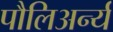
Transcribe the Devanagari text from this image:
पौलिअर्न्य